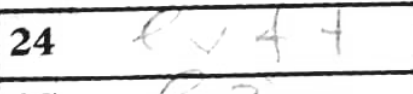
Transcription: exf+